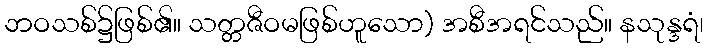
ဘဝသစ်၌ဖြစ်၏။ သတ္တဇီဝမဖြစ်ဟူသော) အစီအရင်သည်။ နသုန္ဒရံ၊